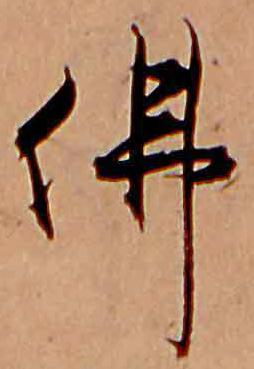
仏